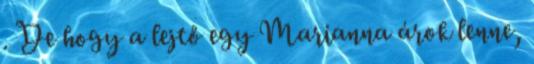
. De hogy a lejtő egy Marianna árok lenne,